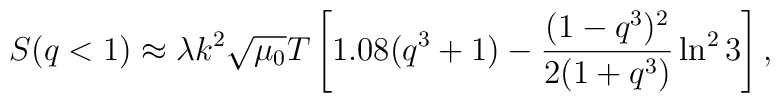
S(q<1)\approx\lambda k^{2}\sqrt{\mu_{0}}T\left[1.08(q^{3}+1)-\frac{(1-q^{3})^{2}}{2(1+q^{3})}\ln^{2}3\right],